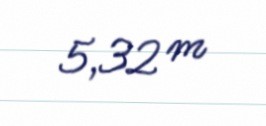
5,32 m